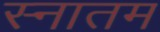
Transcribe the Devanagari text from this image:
स्नातम